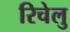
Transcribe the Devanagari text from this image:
रिचेलु